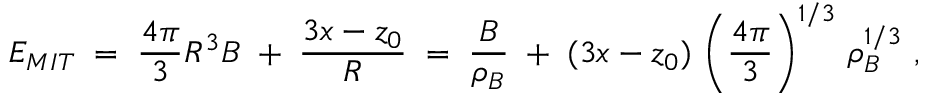
E _ { M I T } \; = \; \frac { 4 \pi } { 3 } R ^ { 3 } B \; + \; \frac { 3 x - z _ { 0 } } { R } \; = \; \frac { B } { \rho _ { B } } \; + \; ( 3 x - z _ { 0 } ) \, \left( \frac { 4 \pi } { 3 } \right) ^ { 1 / 3 } \, \rho _ { B } ^ { 1 / 3 } \ ,